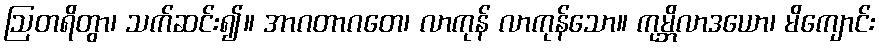
ဩတရိတွာ၊ သက်ဆင်း၍။ အာဂတာဂတေ၊ လာကုန် လာကုန်သော။ ကုမ္ဘိလာဒယော၊ မိကျောင်း